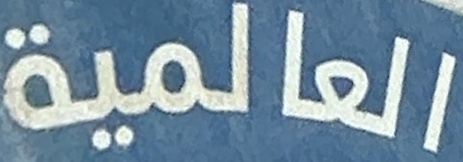
العالمیة